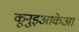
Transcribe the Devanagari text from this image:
कूनुइआकेआ